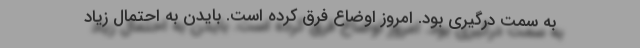
به سمت درگیری بود. امروز اوضاع فرق کرده است. بایدن به احتمال زیاد